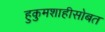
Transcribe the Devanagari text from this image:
हुकुमशाहीसोबत